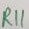
Text: R11